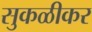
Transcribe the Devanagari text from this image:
सुकळीकर